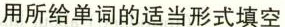
用所给单词的适当形式填空